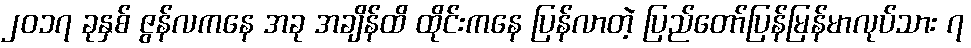
၂၀၁၇ ခုနှစ် ဇွန်လကနေ အခု အချိန်ထိ ထိုင်းကနေ ပြန်လာတဲ့ ပြည်တော်ပြန်မြန်မာလုပ်သား ၇